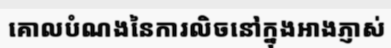
គោលបំណងនៃការលិចនៅក្នុងអាងភ្ញាស់